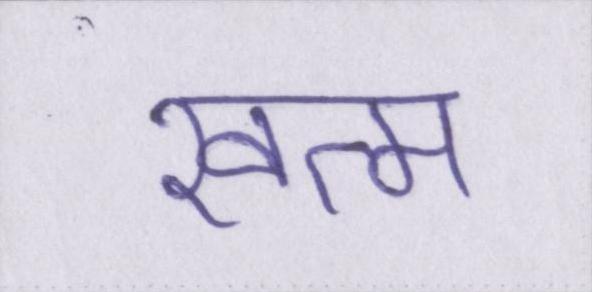
खत्म